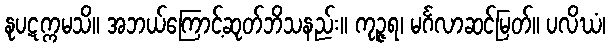
နုပဋက္ကမသိ။ အဘယ်ကြောင့်ဆုတ်ဘိသနည်း။ ကုဉ္ဇရ၊ မင်္ဂလာဆင်မြတ်။ ပလိဃံ၊